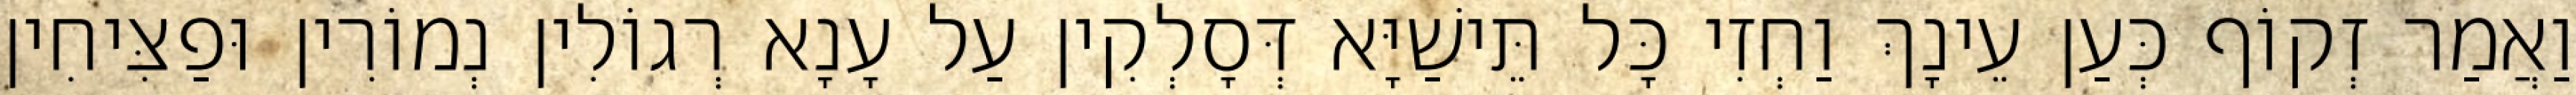
וַאֲמַר זְקוֹף כְּעַן עֵינָךְ וַחְזִי כָּל תֵּישַׁיָּא דְּסָלְקִין עַל עָנָא רְגוֹלִין נְמוֹרִין וּפַצִּיחִין